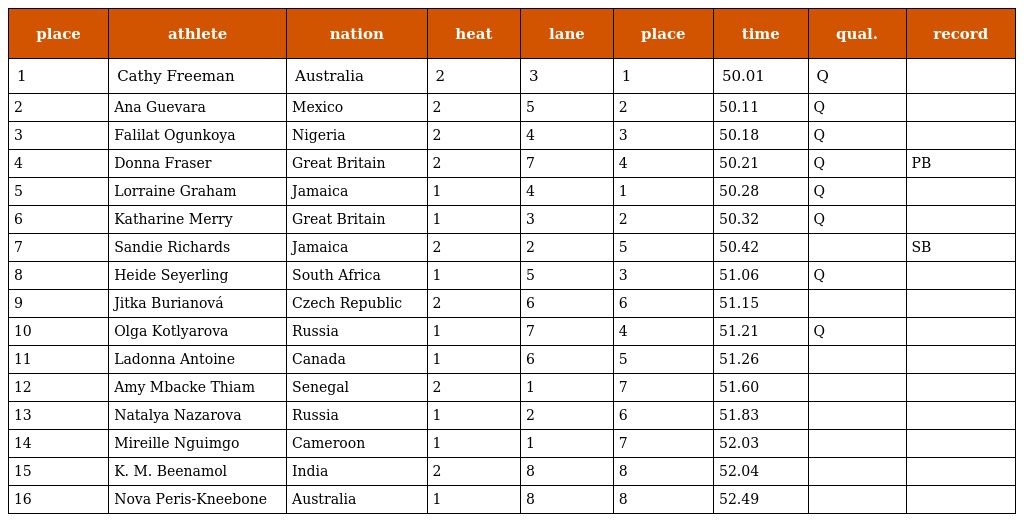
| place | athlete | nation | heat | lane | place | time | qual. | record |
 | --- | --- | --- | --- | --- | --- | --- | --- | --- |
 | 1 | Cathy Freeman | Australia | 2 | 3 | 1 | 50.01 | Q |  |
 | 2 | Ana Guevara | Mexico | 2 | 5 | 2 | 50.11 | Q |  |
 | 3 | Falilat Ogunkoya | Nigeria | 2 | 4 | 3 | 50.18 | Q |  |
 | 4 | Donna Fraser | Great Britain | 2 | 7 | 4 | 50.21 | Q | PB |
 | 5 | Lorraine Graham | Jamaica | 1 | 4 | 1 | 50.28 | Q |  |
 | 6 | Katharine Merry | Great Britain | 1 | 3 | 2 | 50.32 | Q |  |
 | 7 | Sandie Richards | Jamaica | 2 | 2 | 5 | 50.42 |  | SB |
 | 8 | Heide Seyerling | South Africa | 1 | 5 | 3 | 51.06 | Q |  |
 | 9 | Jitka Burianová | Czech Republic | 2 | 6 | 6 | 51.15 |  |  |
 | 10 | Olga Kotlyarova | Russia | 1 | 7 | 4 | 51.21 | Q |  |
 | 11 | Ladonna Antoine | Canada | 1 | 6 | 5 | 51.26 |  |  |
 | 12 | Amy Mbacke Thiam | Senegal | 2 | 1 | 7 | 51.60 |  |  |
 | 13 | Natalya Nazarova | Russia | 1 | 2 | 6 | 51.83 |  |  |
 | 14 | Mireille Nguimgo | Cameroon | 1 | 1 | 7 | 52.03 |  |  |
 | 15 | K. M. Beenamol | India | 2 | 8 | 8 | 52.04 |  |  |
 | 16 | Nova Peris-Kneebone | Australia | 1 | 8 | 8 | 52.49 |  |  |